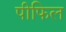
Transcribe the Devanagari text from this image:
पीफिल